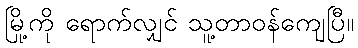
မြို့ကို ရောက်လျှင် သူ့တာဝန်ကျေပြီ။